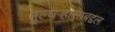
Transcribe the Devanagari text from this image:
मुल्यऱ्हासाबद्दल